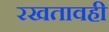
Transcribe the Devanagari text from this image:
रखतावही